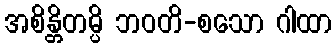
အစိန္တိတမ္ပိ ဘဝတိ-စသော ဂါထာ